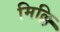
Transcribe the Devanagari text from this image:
मिल्लि